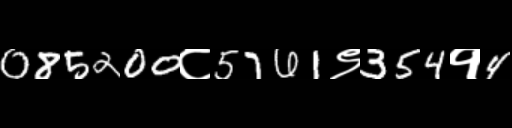
Text: 085200८5761९354१4